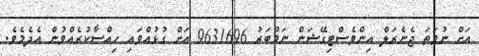
އަށް ނުވަތަ ޖެނެރަލް އިންވެސްޓިގޭޝަން ނަމްބަރު 9631696 އަށް ގުޅުއްވައި ހިއްސާކުރެއްވުން އެދެމެވެ.